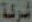
شركة